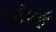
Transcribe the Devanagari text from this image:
मोरम्बी